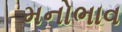
મનોભાવ